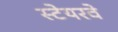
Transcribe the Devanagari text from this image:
स्टेयरवे